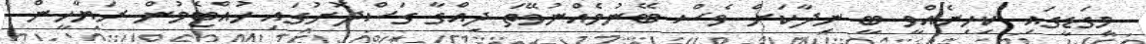
މިގަޑީގައި ކިހިނެއްވީ ބީ ނިދާކަށް ވެސް ބޭނުމެއްނުވޭތަ ދިއްގާ ގަސްދޮށުގައި ހުއްޓެމުން ރަޔާހީން